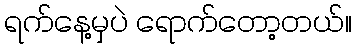
ရက်နေ့မှပဲ ရောက်တော့တယ်။